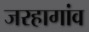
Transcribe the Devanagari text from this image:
जरहागांव